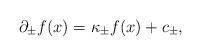
LaTeX: \begin{align*}\partial _{\pm }f(x)=\kappa _{\pm }f(x)+c_{\pm }, \end{align*}